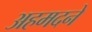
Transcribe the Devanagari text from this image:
अहमदने